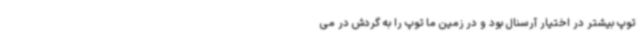
توپ بیشتر در اختیار آرسنال بود و در زمین ما توپ را به گردش در می